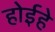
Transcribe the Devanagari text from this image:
होईहे